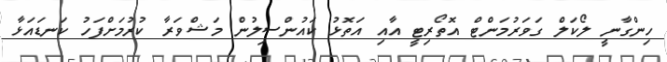
ހިންގާނީ ލޯކަލް ގަވަރުމަންޓް އޮތޯރިޓީ އާއި އަތޮޅު ކައުންސިލުން މަޝްވަރާ ކުރުމަށްފަހު ކަނޑައަޅާ